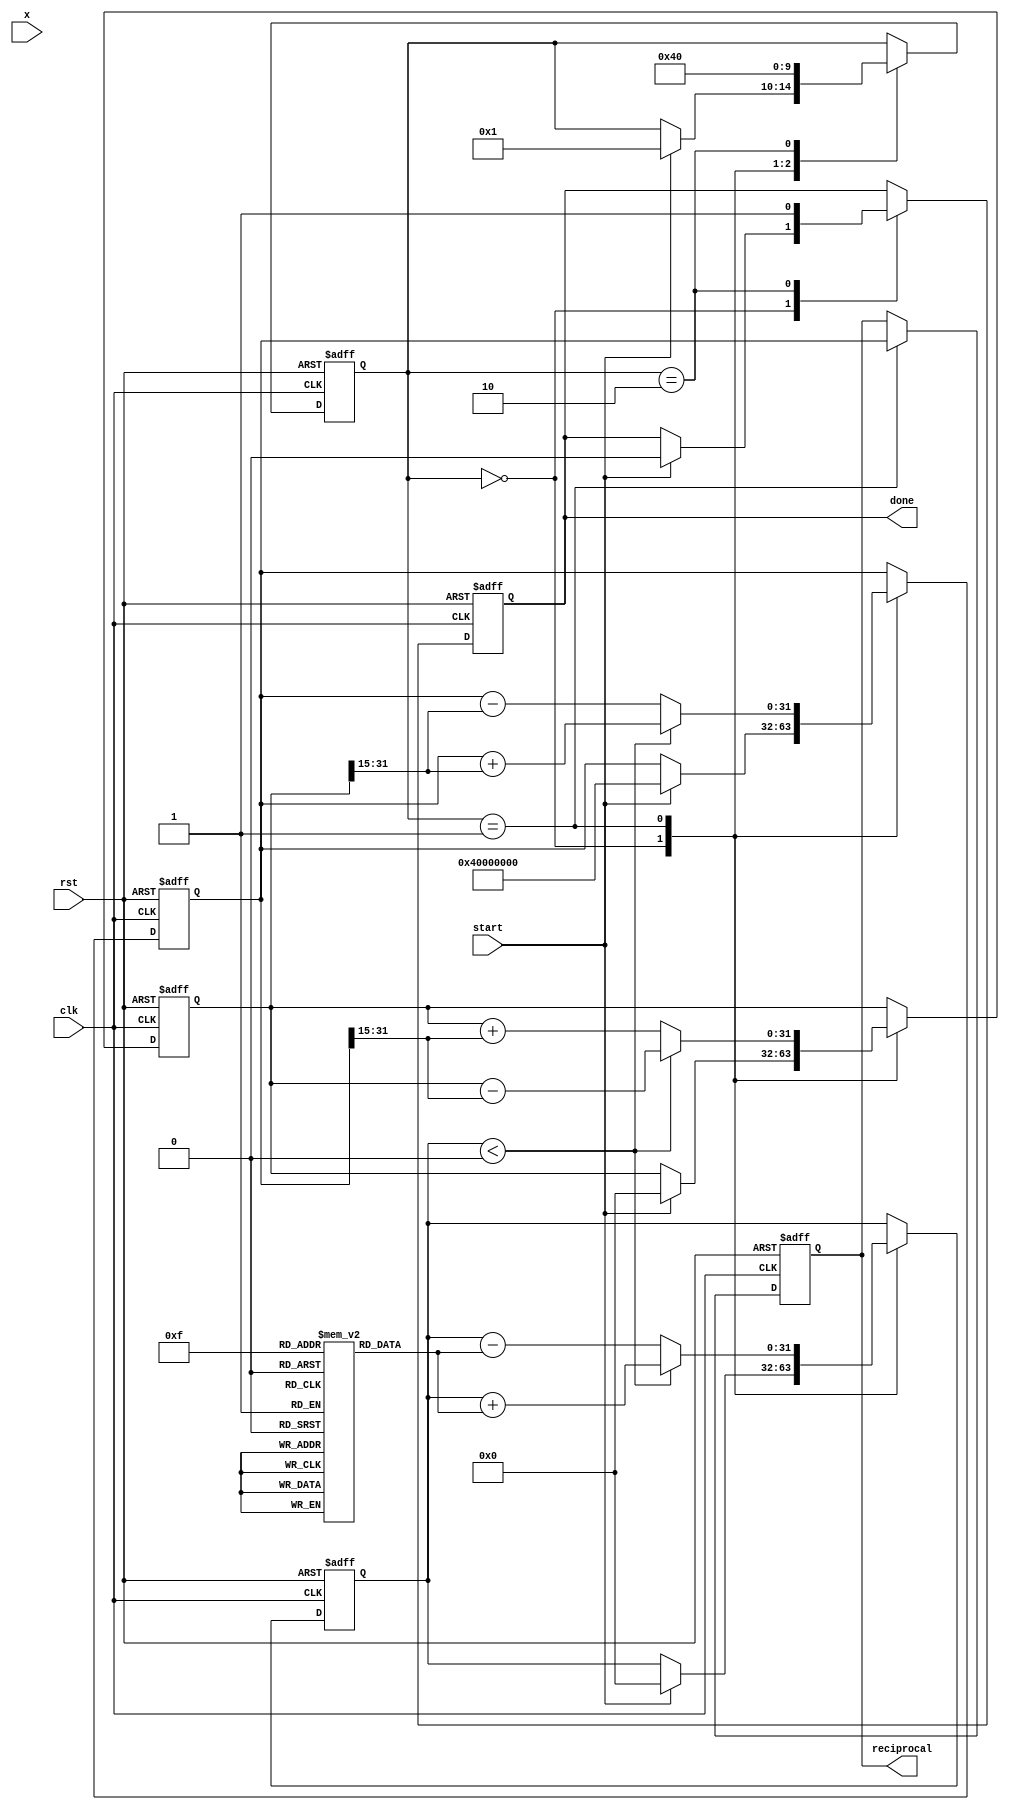
module cordic_reciprocal (
    input wire clk,
    input wire rst,
    input wire start,
    input wire signed [31:0] x,      // Input value
    output reg signed [31:0] reciprocal, // Output reciprocal
    output reg done                   // Output valid signal
);

    // Parameters
    parameter ITERATIONS = 16;      // Number of iterations

    // Internal signals
    reg [4:0] state;                 // FSM state
    reg signed [31:0] z[0:ITERATIONS-1]; // Angle lookup table
    reg signed [31:0] current_x;     // Current x value
    reg signed [31:0] current_y;     // Current y value
    reg signed [31:0] current_z;     // Current angle (z)
    integer i;

    // Angle lookup table initialization (in radians scaled)
    initial begin
        z[0] = 32'h1C90C; // atan(2^-0)
        z[1] = 32'h0D1A4; // atan(2^-1)
        z[2] = 32'h05B19; // atan(2^-2)
        z[3] = 32'h0162D; // atan(2^-3)
        z[4] = 32'h005B7; // atan(2^-4)
        z[5] = 32'h0015F; // atan(2^-5)
        z[6] = 32'h0004C; // atan(2^-6)
        z[7] = 32'h00014; // atan(2^-7)
        z[8] = 32'h00005; // atan(2^-8)
        z[9] = 32'h00001; // atan(2^-9)
        z[10] = 32'h00000; // atan(2^-10)
        z[11] = 32'h00000; // atan(2^-11)
        z[12] = 32'h00000; // atan(2^-12)
        z[13] = 32'h00000; // atan(2^-13)
        z[14] = 32'h00000; // atan(2^-14)
        z[15] = 32'h00000; // atan(2^-15)
    end

    // FSM states
    parameter IDLE = 0, COMPUTING = 1, DONE = 2;

    // State machine process
    always @(posedge clk or posedge rst) begin
        if (rst) begin
            state <= IDLE;
            reciprocal <= 0;
            done <= 0;
            current_x <= 0;
            current_y <= 0;
            current_z <= 0;
        end
        else begin
            case (state)
                IDLE: begin
                    if (start) begin
                        current_x <= 32'h40000000; // Initial approximation (2.0 in fixed point)
                        current_y <= 0;
                        current_z <= 0;
                        state <= COMPUTING;
                        done <= 0;
                    end
                end

                COMPUTING: begin
                    for (i = 0; i < ITERATIONS; i = i + 1) begin
                        // CORDIC rotation equations
                        if (current_z < 0) begin
                            current_x <= current_x + (current_y >>> i);
                            current_y <= current_y - (current_x >>> i);
                            current_z <= current_z + z[i];
                        end
                        else begin
                            current_x <= current_x - (current_y >>> i);
                            current_y <= current_y + (current_x >>> i);
                            current_z <= current_z - z[i];
                        end
                    end
                    reciprocal <= current_x; // Output the result
                    state <= DONE;
                end

                DONE: begin
                    done <= 1; // Indicate that computation is done
                    state <= IDLE; // Reset to IDLE state
                end
            endcase
        end
    end

endmodule